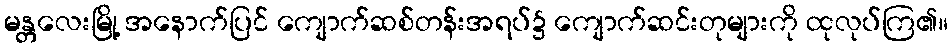
မန္တလေးမြို့ အနောက်ပြင် ကျောက်ဆစ်တန်းအရပ်၌ ကျောက်ဆင်းတုများကို ထုလုပ်ကြ၏။